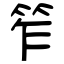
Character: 笮